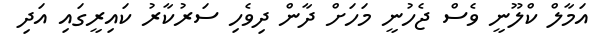
އަމާލް ކްލޫނީ ވެސް ޖެހުނީ މަހަށް ދާން ދިވެހި ސަރުކާރު ކައިރީގައި އަދި